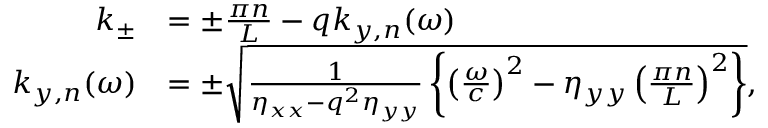
\begin{array} { r l } { k _ { \pm } } & { = \pm \frac { \pi n } { L } - q k _ { y , n } ( \omega ) } \\ { k _ { y , n } ( \omega ) } & { = \pm \sqrt { \frac { 1 } { \eta _ { x x } - q ^ { 2 } \eta _ { y y } } \left\{ \left( \frac { \omega } { c } \right) ^ { 2 } - \eta _ { y y } \left( \frac { \pi n } { L } \right) ^ { 2 } \right\} } , } \end{array}